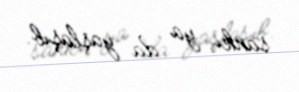
sanki, ya da yaşlaşıb.